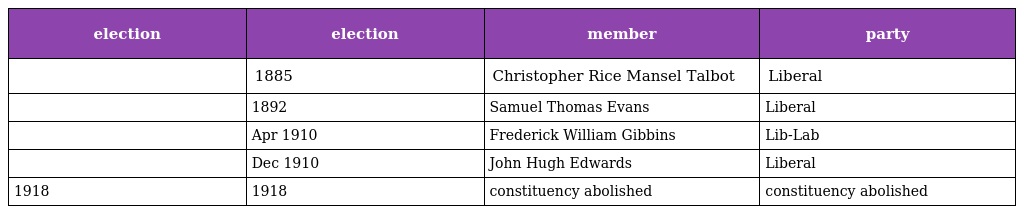
| election | election | member | party |
 | --- | --- | --- | --- |
 |  | 1885 | Christopher Rice Mansel Talbot | Liberal |
 |  | 1892 | Samuel Thomas Evans | Liberal |
 |  | Apr 1910 | Frederick William Gibbins | Lib-Lab |
 |  | Dec 1910 | John Hugh Edwards | Liberal |
 | 1918 | 1918 | constituency abolished | constituency abolished |